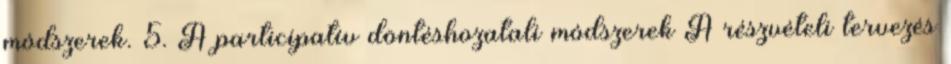
módszerek. 5. A participatív döntéshozatali módszerek A részvételi tervezés